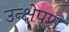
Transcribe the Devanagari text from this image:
उन्क्षेपण